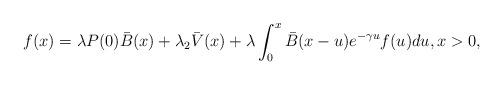
LaTeX: \begin{align*}f(x) = \lambda P(0) \bar{B}(x) + \lambda_{2} \bar{V}(x) + \lambda \int_{0}^{x} \bar{B}(x-u) e^{-\gamma u}f(u) du,x > 0,\end{align*}